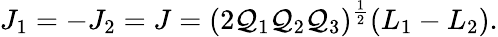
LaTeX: J_{1}=-J_{2}=J=(2{\cal Q}_{1}{\cal Q}_{2}{\cal Q}_{3})^{\frac{1}{2}}(L_{1}-L_{2}).